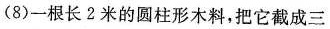
(8)一根长2米的圆柱形木料，把它截成三